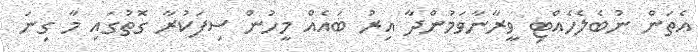
އެތަން ނުބެލެހެއްޓި ވީރާނާވަމުންދާ އިރު ބައެއް މީހުން ސިފަކުރާ ގޮތުގައި މާ ގިނަ